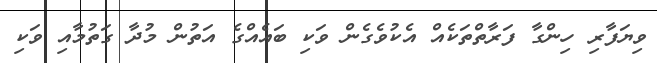
ވިޔަފާރި ހިންގާ ފަރާތްތަކެއް އެކުވެގެން ވަކި ބައެއްގެ އަތުން މުދާ ގަތުމާއި ވަކި